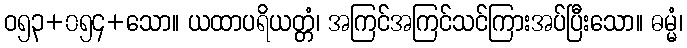
ဝ၅၃+၀၅၄+သော။ ယထာပရိယတ္တံ၊ အကြင်အကြင်သင်ကြားအပ်ပြီးသော။ ဓမ္မံ၊